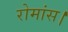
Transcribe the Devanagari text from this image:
रोमांस।